画像に写った文字を読んでください
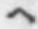
「ヘ」と書いてあります